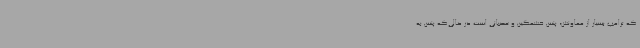
که ترامپ بسیار از معاونش، پنس خشمگین و عصبانی است در حالی‌که پنس به